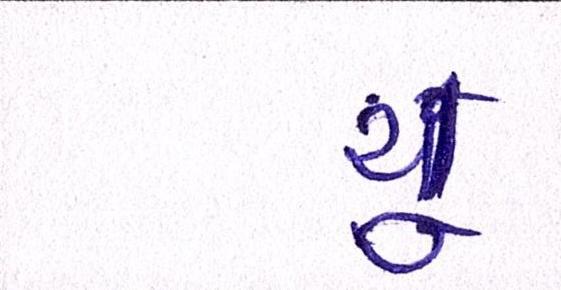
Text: યૂ